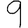
Digit: 9